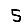
Digit: 5